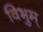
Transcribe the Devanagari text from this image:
विभुम्‌